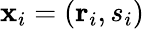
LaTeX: \mathbf{x}_{i}=(\mathbf{r}_{i},s_{i})